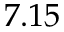
7 . 1 5